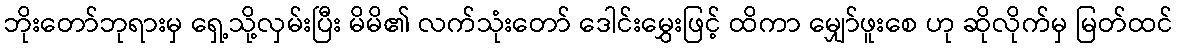
ဘိုးတော်ဘုရားမှ ရှေ့သို့လှမ်းပြီး မိမိ၏ လက်သုံးတော် ဒေါင်းမွှေးဖြင့် ထိကာ မျှော်ဖူးစေ ဟု ဆိုလိုက်မှ မြတ်ထင်